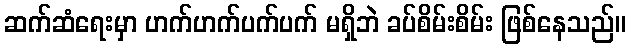
ဆက်ဆံရေးမှာ ဟက်ဟက်ပက်ပက် မရှိဘဲ ခပ်စိမ်းစိမ်း ဖြစ်နေသည်။